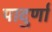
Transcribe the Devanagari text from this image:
पादुर्णा